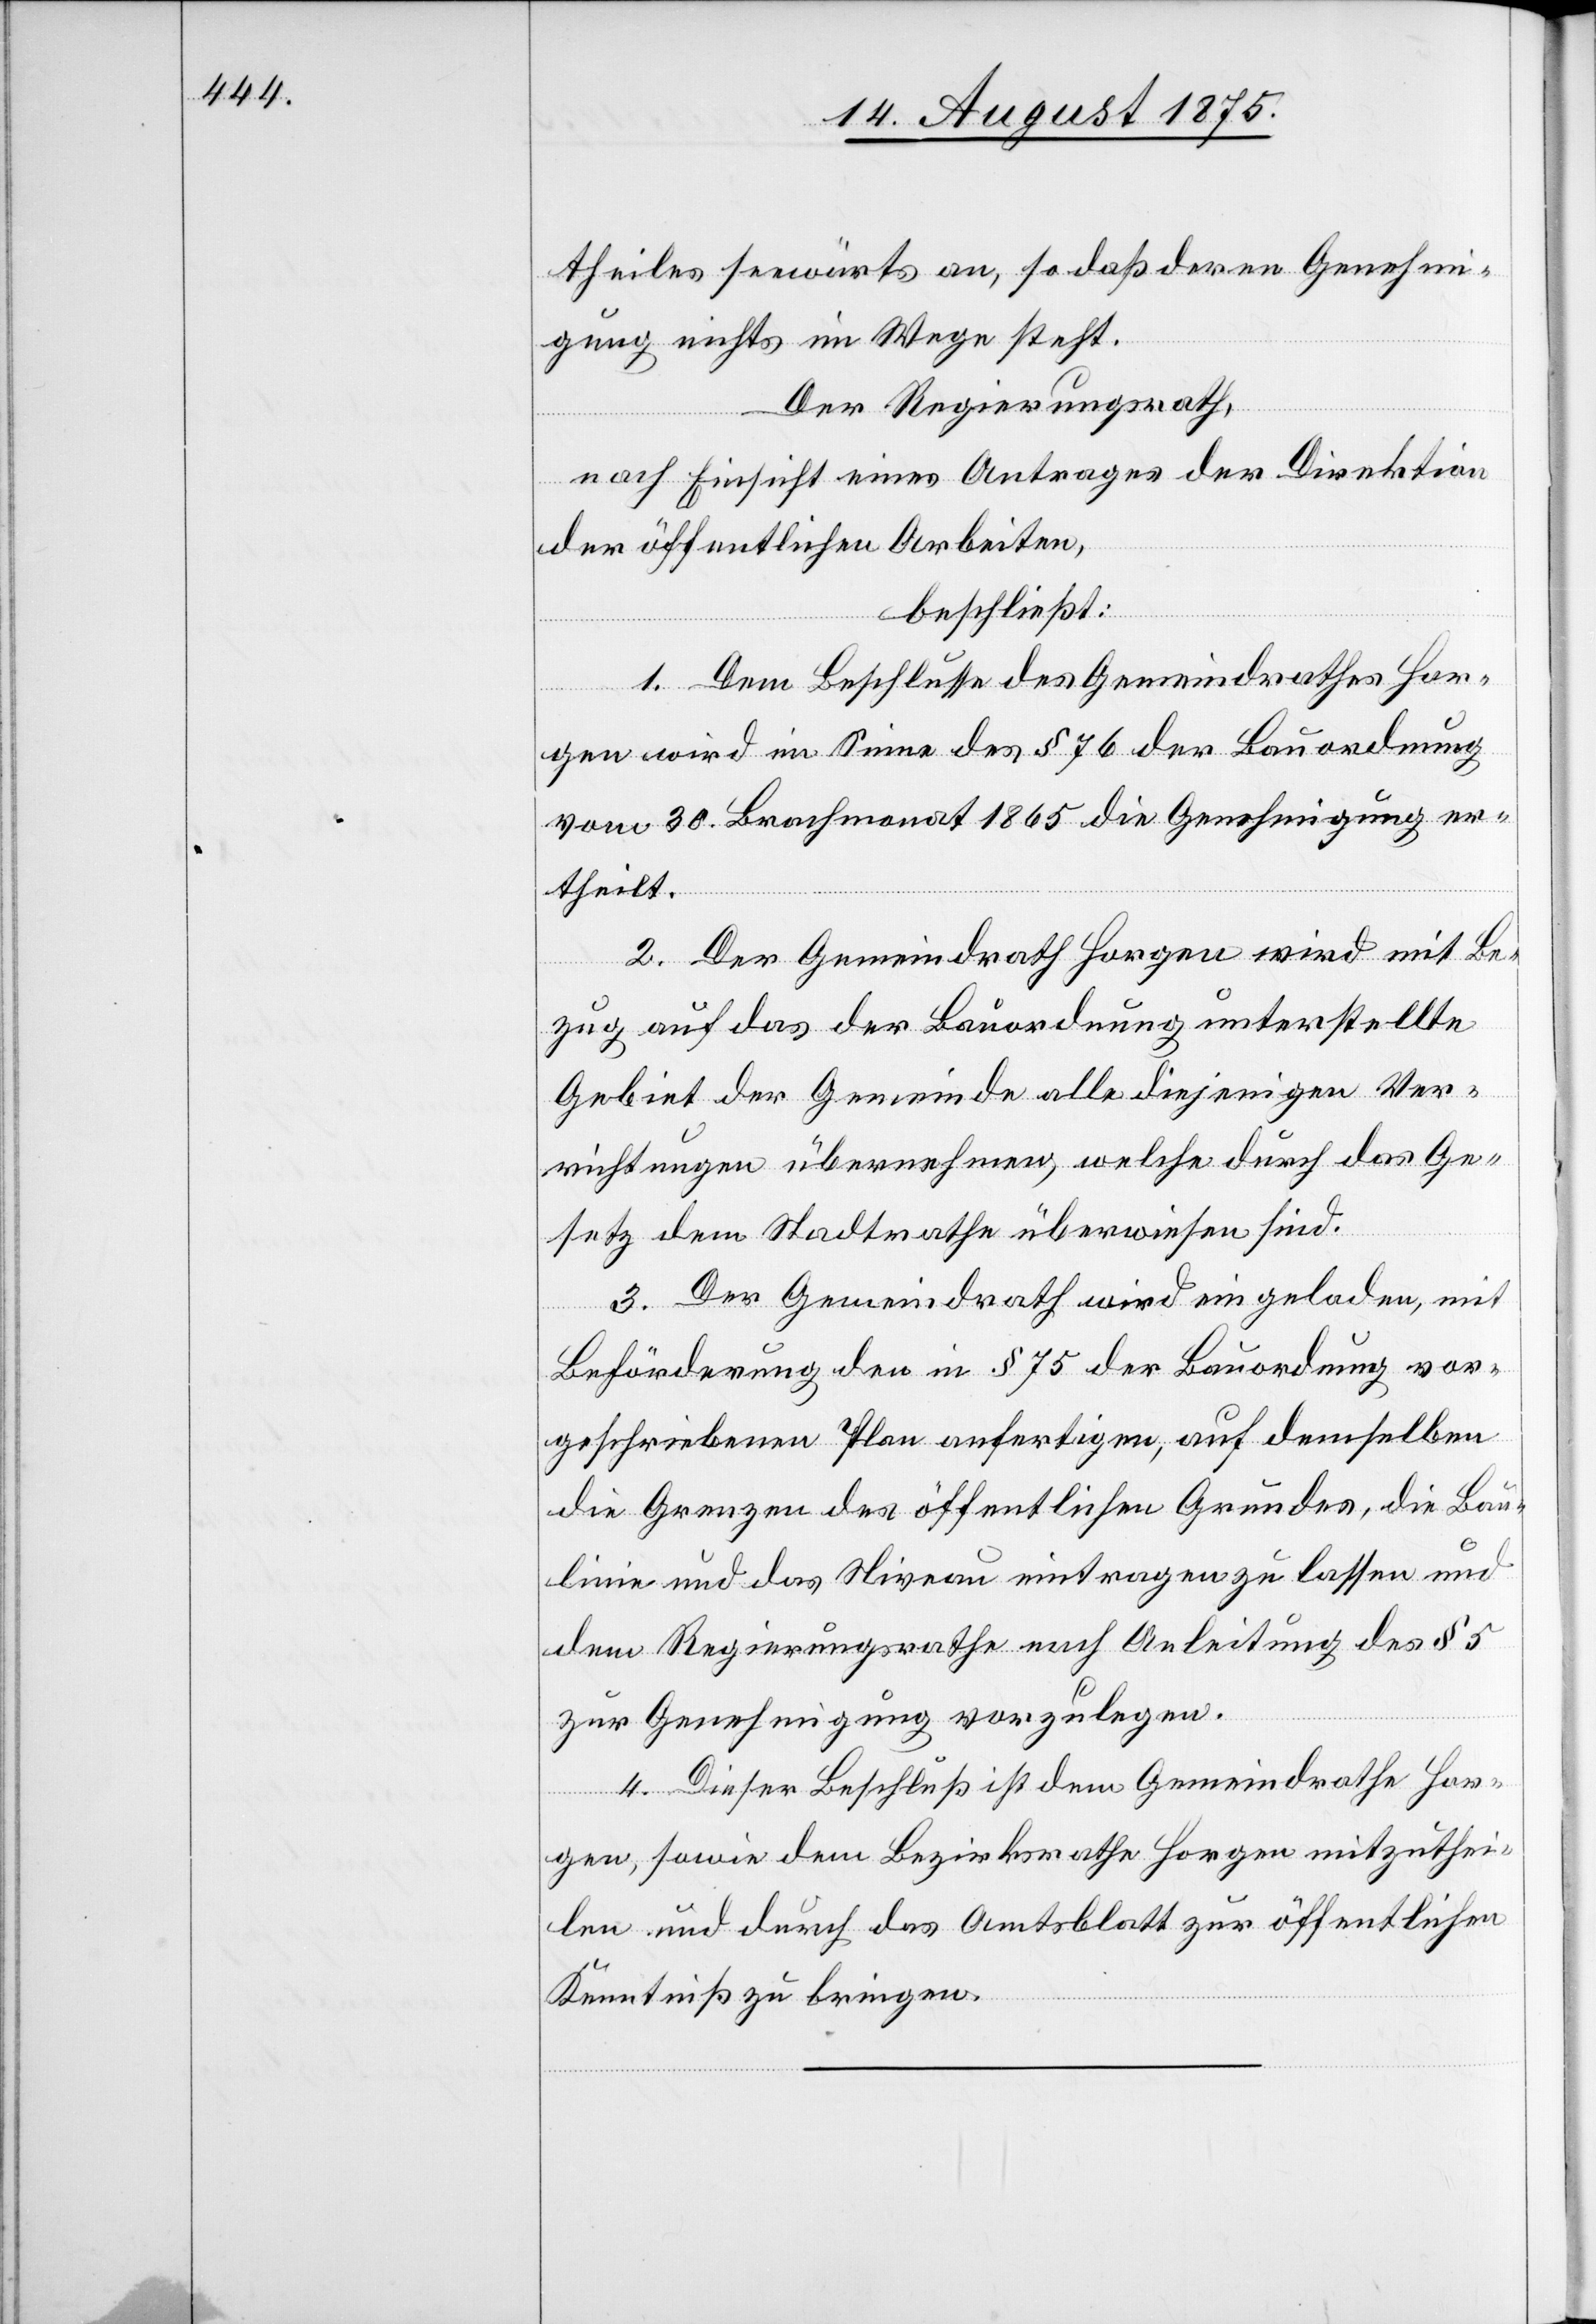
theiles seewärts an, so daß deren Genehmi¬
gung nichts im Wege steht.
Der Regierungsrath,
nach Einsicht eines Antrages der Direktion
der öffentlichen Arbeiten,
beschließt:
1. Dem Beschlusse des Gemeindrathes Hor¬
gen wird im Sinne des § 76 der Bauordnung
vom 30. Brachmonat 1865 die Genehmigung er¬
theilt.
2. Der Gemeindrath Horgen wird mit Be¬
zug auf das der Bauordnung unterstellte
Gebiet der Gemeinde alle diejenigen Ver¬
richtungen übernehmen, welche durch das Ge¬
setz dem Stadtrathe überwiesen sind.
3. Der Gemeindrath wird eingeladen, mit
Beförderung den in § 75 der Bauordnung vor¬
geschriebenen Plan anfertigen, auf demselben
die Grenzen des öffentlichen Grundes, die Bau¬
linie und das Niveau eintragen zu lassen und
dem Regierungsrathe nach Anleitung des § 5
zur Genehmigung vorzulegen.
4. Dieser Beschluß ist dem Gemeindrathe Hor¬
gen, sowie dem Bezirksrathe Horgen mitzuthei¬
len und durch das Amtsblatt zur öffentliche
Kenntniß zu bringen.